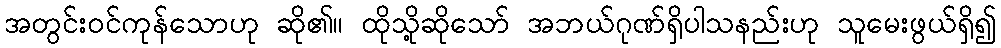
အတွင်းဝင်ကုန်သောဟု ဆို၏။ ထိုသို့ဆိုသော် အဘယ်ဂုဏ်ရှိပါသနည်းဟု သူမေးဖွယ်ရှိ၍